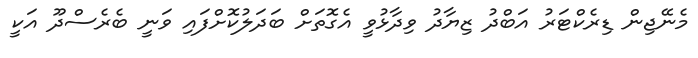
މެނޭޖިން ޑިރެކްޓަރު އަބްދު ޒިޔާދު ވިދާޅުވީ އެގޮތަށް ބަދަލުކޮށްފައި ވަނީ ބެރެސްދޫ އަކީ